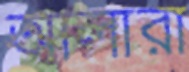
আলারা